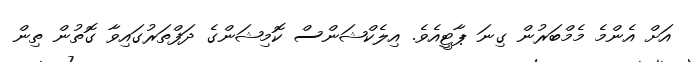
އަށް އެންމެ މެމްބަރުން ގިނަ ޕާޓީއެވެ. އިލެކްޝަންސް ކޮމިޝަންގެ ދަފްތަރުގައިވާ ގޮތުން ތިން